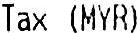
TAX (MYR)